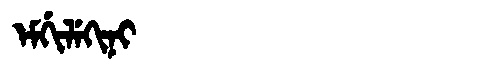
Manchu: ᡝᠮᡤᡳᠯᡝᡴᡳᠨᡳ
Romanization: EMGILEKINI